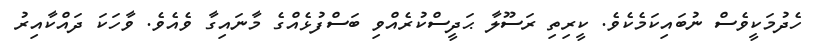
ހެދުމަކީވެސް ނުބައިކަމެކެވެ. ކީރިތި ރަސޫލާ ޙަދީސްކުރެއްވި ބަސްފުޅެއްގެ މާނައިގާ ވެއެވެ. ވާހަކަ ދައްކާއިރު